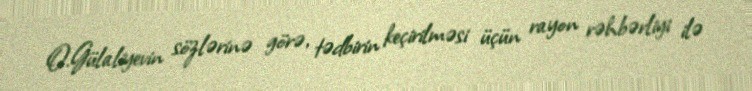
O.Gülaliyevin sözlərinə görə, tədbirin keçirilməsi üçün rayon rəhbərliyi ilə